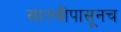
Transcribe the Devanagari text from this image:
सातवीपासूनच